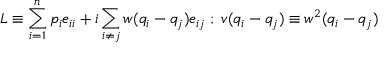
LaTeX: L \equiv \sum _ { i = 1 } ^ { n } p _ { i } e _ { i i } + i \sum _ { i \neq j } w ( q _ { i } - q _ { j } ) e _ { i j } \; ; \; v ( q _ { i } - q _ { j } ) \equiv w ^ { 2 } ( q _ { i } - q _ { j } )